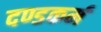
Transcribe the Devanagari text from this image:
दण्डकर्म